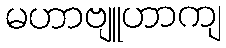
မဟာဗျူဟာကျ